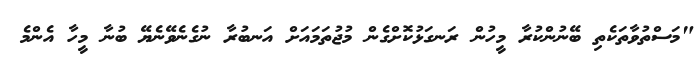
"މަސްތުވާތަކެތި ބޭނުންކުރާ މީހުން ރަނގަޅުކޮށްގެން މުޖުތަމައަށް އަނބުރާ ނުގެނެވޭނެޔޭ ބުނާ މީހާ އެންމެ